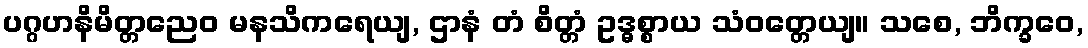
ပဂ္ဂဟနိမိတ္တညေဝ မနသိကရေယျ, ဌာနံ တံ စိတ္တံ ဥဒ္ဓစ္စာယ သံဝတ္တေယျ။ သစေ, ဘိက္ခဝေ,